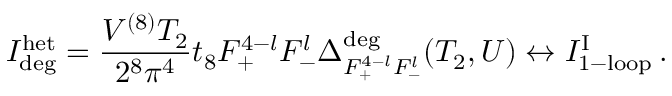
{ \cal I } _ { \mathrm { d e g } } ^ { \mathrm { h e t } } = \frac { V ^ { ( 8 ) } T _ { 2 } } { 2 ^ { 8 } \pi ^ { 4 } } t _ { 8 } F _ { + } ^ { 4 - l } F _ { - } ^ { l } \Delta _ { F _ { + } ^ { 4 - l } F _ { - } ^ { l } } ^ { \mathrm { d e g } } ( T _ { 2 } , U ) \leftrightarrow { \cal I } _ { \mathrm { 1 - l o o p } } ^ { \mathrm { I } } \, .